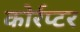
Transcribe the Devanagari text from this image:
कोर्रप्टर